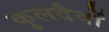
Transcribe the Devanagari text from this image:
कुलदैवों